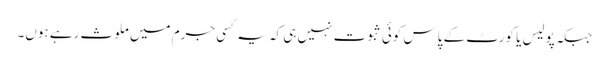
جبکہ پولیس یا کورٹ کے پاس کوئی ثبوت نہیں ہی کہ یہ کسی جرم میں ملوث رہے ہوں۔